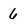
Character: 6